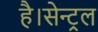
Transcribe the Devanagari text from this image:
है।सेन्ट्रल